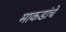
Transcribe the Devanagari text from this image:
माकडांचे